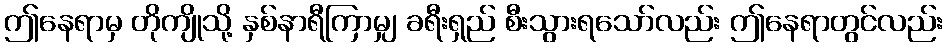
ဤနေရာမှ တိုကျိုသို့ နှစ်နာရီကြာမျှ ခရီးရှည် စီးသွားရသော်လည်း ဤနေရာတွင်လည်း